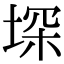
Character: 堔